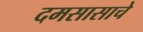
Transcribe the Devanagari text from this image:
दमसासाचे